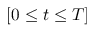
[ 0 \le t \le T ]